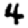
Digit: 4